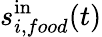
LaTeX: s_{i,food}^{\mathrm{in}}(t)